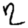
Digit: 2